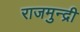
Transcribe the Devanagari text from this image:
राजमुन्द्री